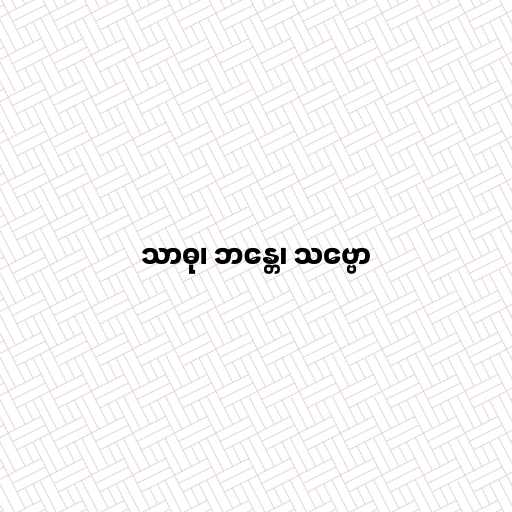
သာဓု၊ ဘန္တေ၊ သဗ္ဗော